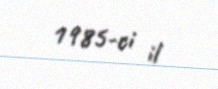
1985-ci il